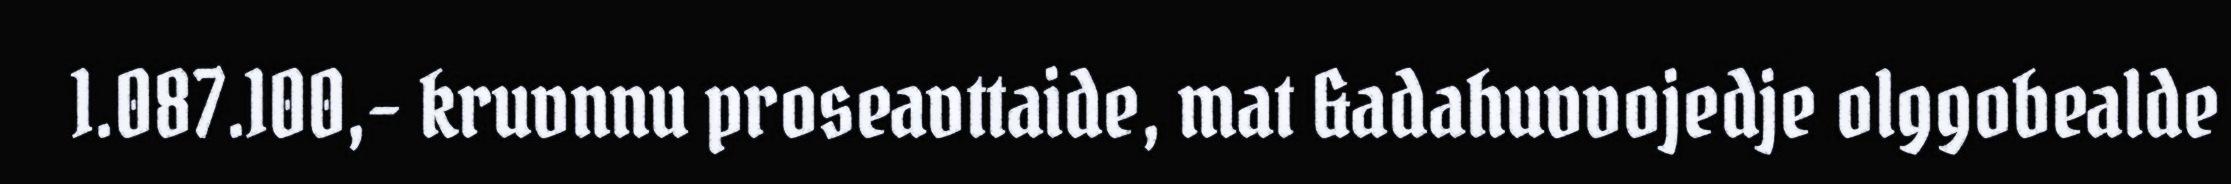
1.087.100,- kruvnnu proseavttaide, mat &adahuvvojedje olggobealde